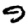
Digit: 9